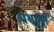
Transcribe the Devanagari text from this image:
पश्चात्‌।